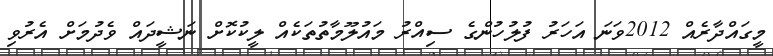
މީގައްދާރެއް 2012ވަނަ އަހަރު ފުލުހުންގެ ސިއްރު މައުލޫމާތުތަކެއް ލީކުކޮށް ނަޝީދައް ވެދުމަށް އެރުވި